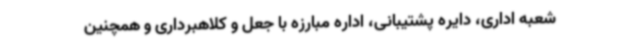
شعبه اداری، دایره پشتیبانی، اداره مبارزه با جعل و کلاهبرداری و همچنین